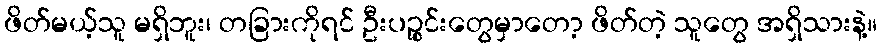
ဖိတ်မယ့်သူ မရှိဘူး၊ တခြားကိုရင် ဦးပဉ္စင်းတွေမှာတော့ ဖိတ်တဲ့ သူတွေ အရှိသားနဲ့။